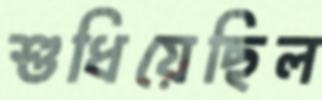
শুধিয়েছিল